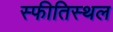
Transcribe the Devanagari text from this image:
स्फीतिस्थल